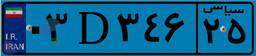
۸۲D۴۱۰۵۶